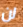
لن